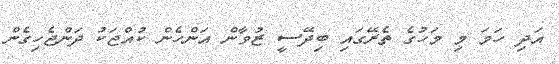
އަދި ހަމަ މި މަހުގެ ތެރޭގައި ބިދޭސީ ޒުވާން އަންހެން ކުއްޖަކު ދަންޖެހިގެން